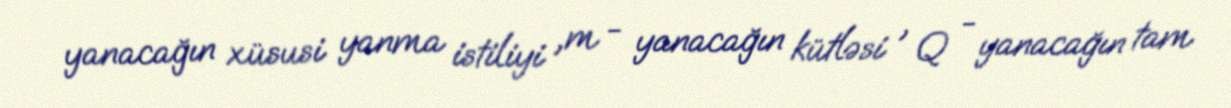
yanacağın xüsusi yanma istiliyi ,m - yanacağın kütləsi , Q - yanacağın tam